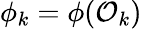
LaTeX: \phi_{k}=\phi(\mathcal{O}_{k})